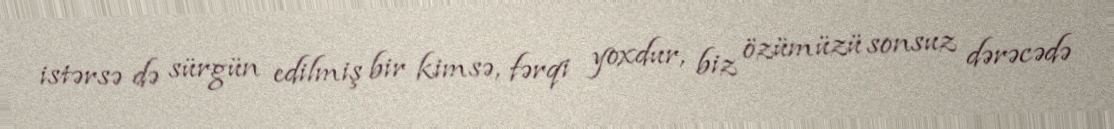
istərsə də sürgün edilmiş bir kimsə, fərqi yoxdur, biz özümüzü sonsuz dərəcədə